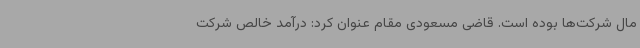
مال شرکت‌ها بوده است. قاضی مسعودی مقام عنوان کرد: درآمد خالص شرکت